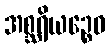
အစ္ဆရိယဉ္စေဝ